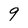
Character: 9